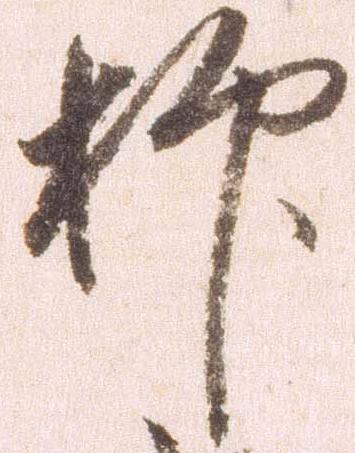
抑